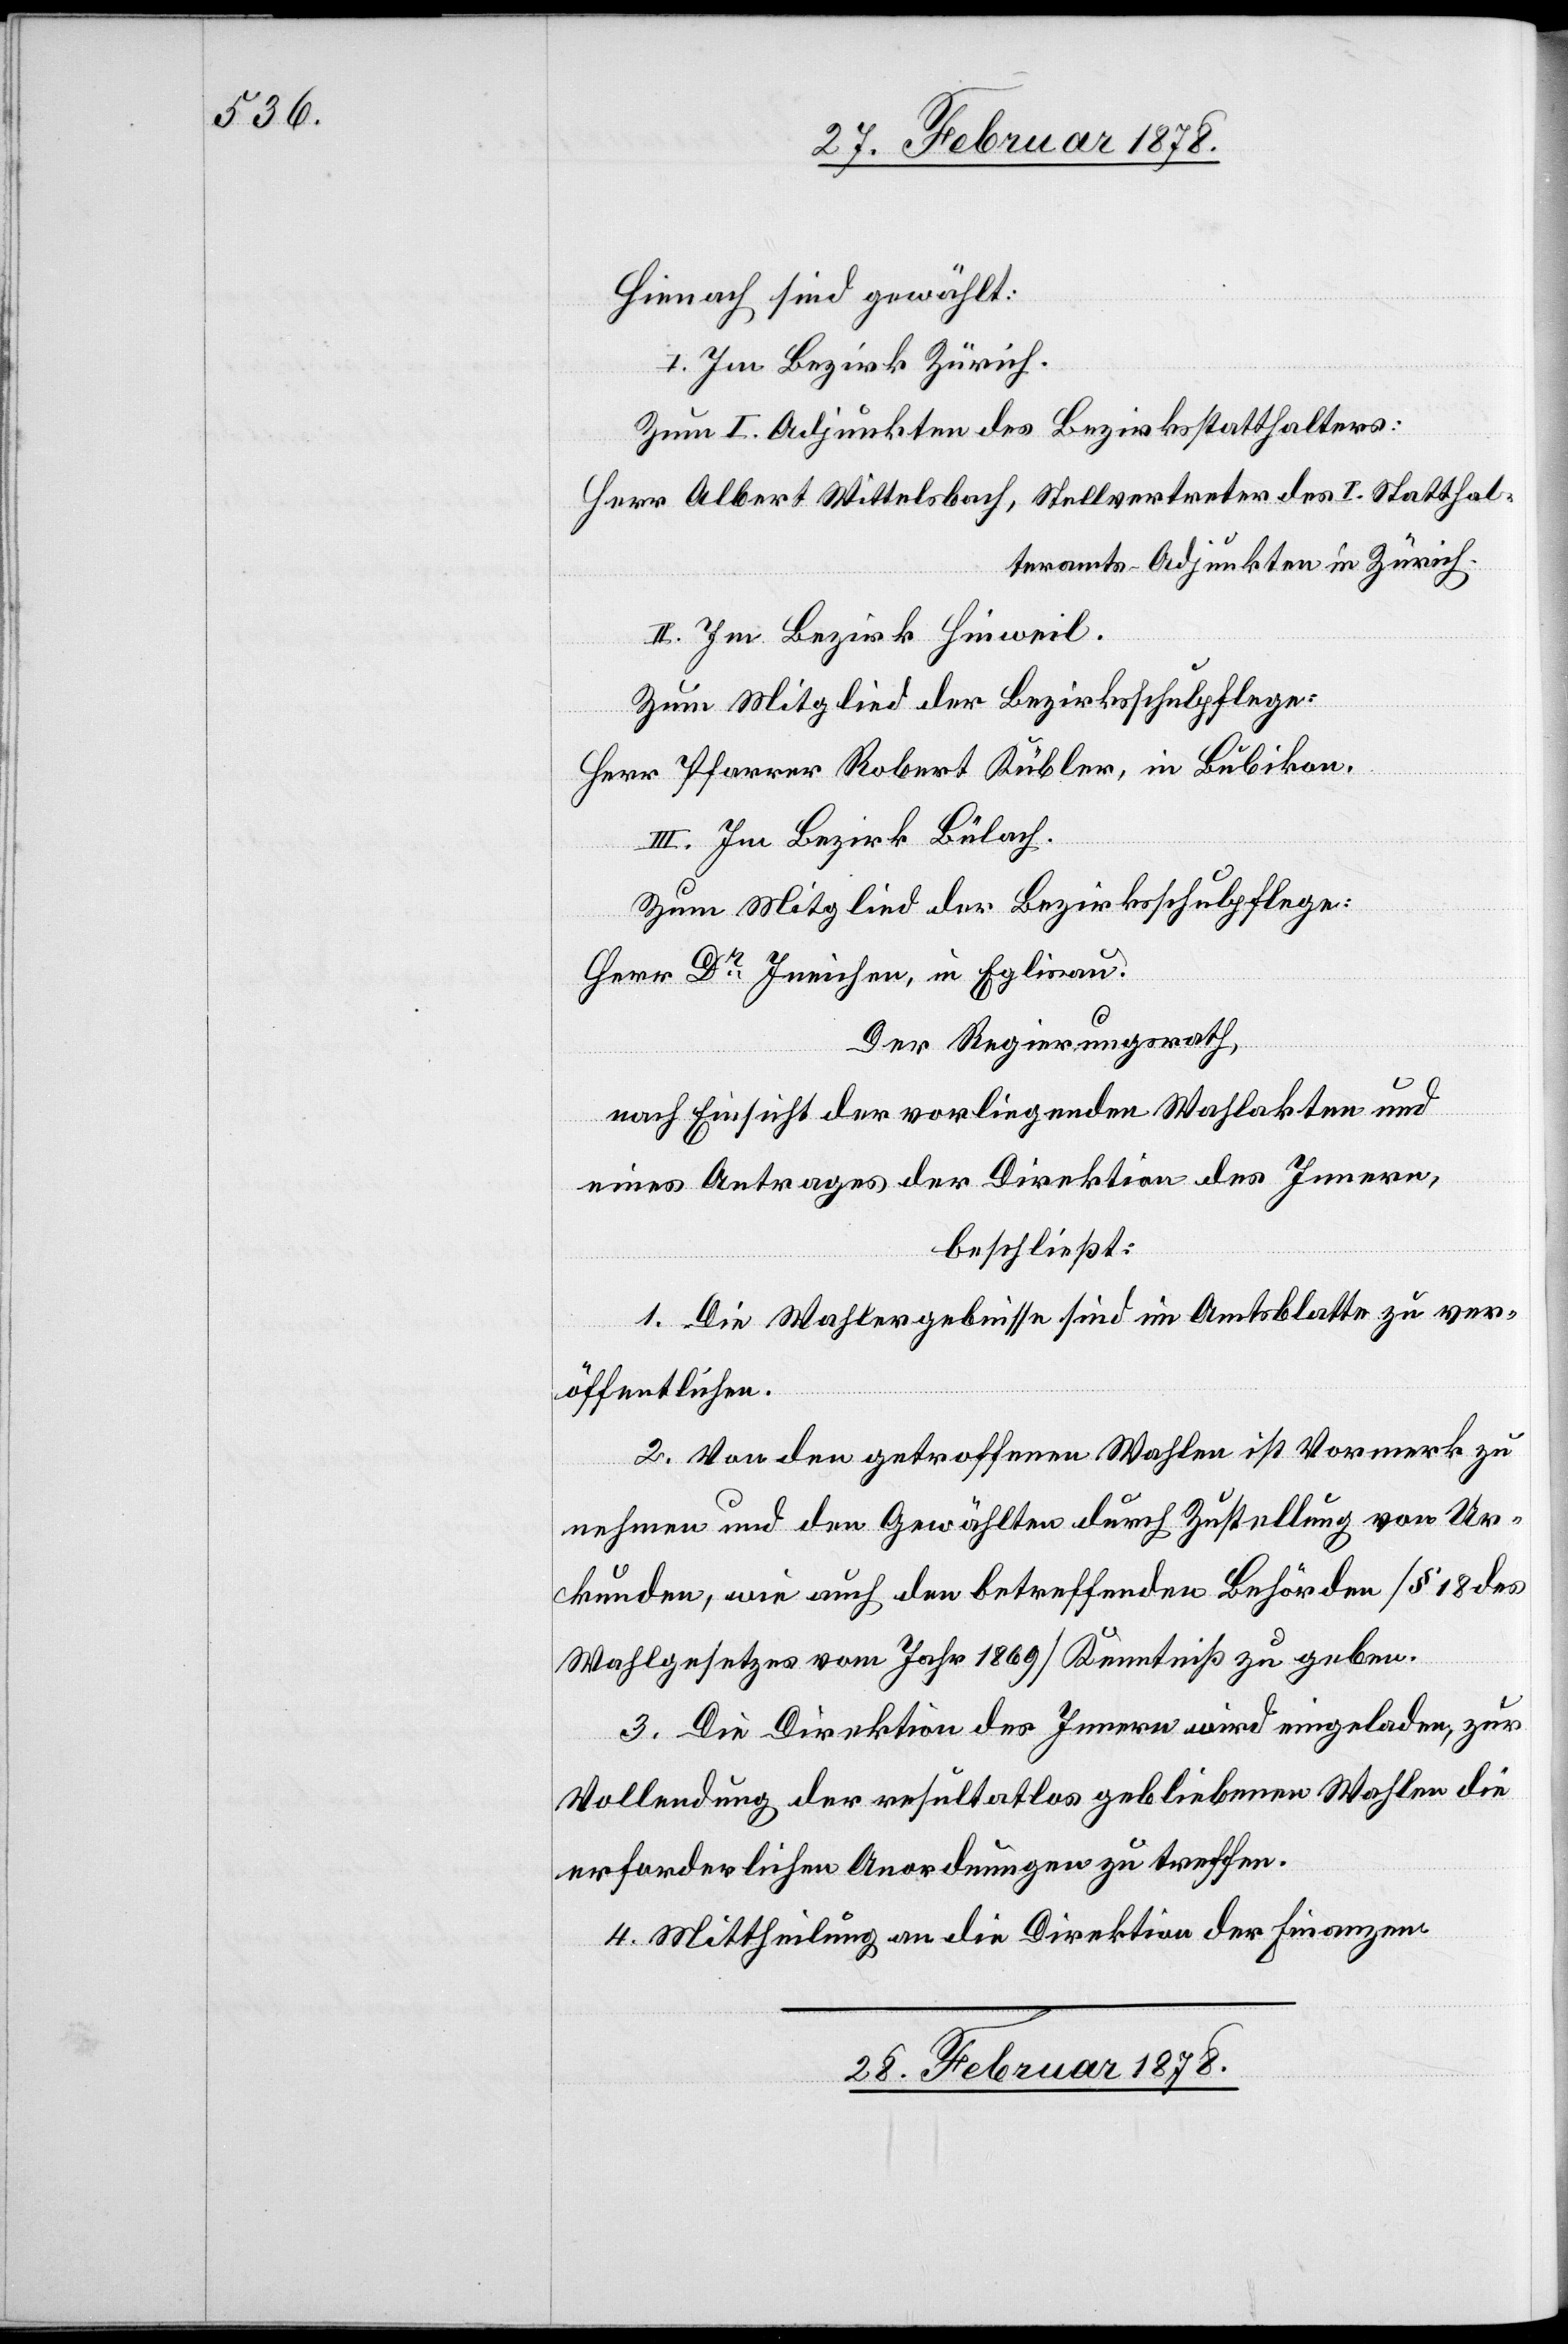
Hienach sind gewählt:
I. Im Bezirk Zürich.
Zum I. Adjunkten des Bezirksstatthalters:
Herr Albert Wittelsbach, Stellvertreter des I. Statthal¬
teramts-Adjunkten in Zürich.
II. Im Bezirk Hinweil.
Zum Mitglied der Bezirksschulpflege:
Herr Pfarrer Robert Kübler, in Bubikon.
III. Im Bezirk Bülach.
Herr Dr Ineichen, in Eglisau.
Der Regierungsrath,
nach Einsicht der vorliegenden Wahlakten und
eines Antrages der Direktion des Innern,
beschließt:
1. Die Wahlergebnisse sind im Amtsblatte zu ver¬
öffentlichen.
2. Von den getroffenen Wahlen ist Vormerk zu
nehmen und den Gewählten durch Zustellung von Ur¬
kunden, wie auch den betreffenden Behörden (§ 18 des
Wahlgesetzes vom Jahr 1869) Kenntniß zu geben.
3. Die Direktion des Innern wird eingeladen, zur
Vollendung der resultatlos gebliebenen Wahlen die
erforderlichen Anordnungen zu treffen.
4. Mittheilung an die Direktion der Finanzen.
28. Februar 1878.